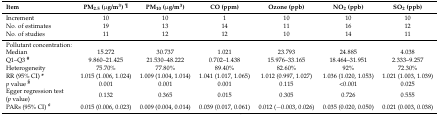
<table><thead><tr><td><b>Item</b></td><td><b>PM<sub>2.5</sub> (μg/m<sup>3</sup>) <sup>¶</sup></b></td><td><b>PM<sub>10</sub> (μg/m<sup>3</sup>)</b></td><td><b>CO (ppm)</b></td><td><b>Ozone (ppb)</b></td><td><b>NO<sub>2</sub> (ppb)</b></td><td><b>SO<sub>2</sub> (ppb)</b></td></tr></thead><tbody><tr><td>Increment</td><td>10</td><td>10</td><td>1</td><td>10</td><td>10</td><td>10</td></tr><tr><td>No. of estimates</td><td>19</td><td>13</td><td>14</td><td>11</td><td>16</td><td>12</td></tr><tr><td>No. of studies</td><td>11</td><td>12</td><td>12</td><td>10</td><td>14</td><td>11</td></tr><tr><td>Pollutant concentration:</td><td></td><td></td><td></td><td></td><td></td><td></td></tr><tr><td>Median</td><td>15.272 </td><td>30.737</td><td>1.021</td><td>23.793 </td><td>24.885 </td><td>4.038 </td></tr><tr><td>Q1–Q3 <b><sup>#</sup></b></td><td>9.860–21.425 </td><td>21.530–48.222</td><td>0.702–1.438</td><td>15.976–33.165 </td><td>18.464–31.951 </td><td>2.333–9.257</td></tr><tr><td>Heterogeneity</td><td>75.70%</td><td>77.80%</td><td>89.40%</td><td>82.60%</td><td>92%</td><td>72.30%</td></tr><tr><td>RR (95% CI) <b>*</b></td><td>1.015 (1.006, 1.024)</td><td>1.009 (1.004, 1.014)</td><td>1.041 (1.017, 1.065)</td><td>1.012 (0.997, 1.027)</td><td>1.036 (1.020, 1.053)</td><td>1.021 (1.003, 1.039)</td></tr><tr><td><i>p</i> value <b><sup>§</sup></b></td><td>0.001</td><td>0.001</td><td>0.001</td><td>0.115</td><td>&lt;0.001</td><td>0.025</td></tr><tr><td>Egger regression test (<i>p</i> value)</td><td>0.132</td><td>0.365</td><td>0.015</td><td>0.305</td><td>0.726</td><td>0.555</td></tr><tr><td>PARs (95% CI) <b><sup>¢</sup></b></td><td>0.015 (0.006, 0.023) </td><td>0.009 (0.004, 0.014)</td><td>0.039 (0.017, 0.061) </td><td>0.012 (−0.003, 0.026)</td><td>0.035 (0.020, 0.050)</td><td>0.021 (0.003, 0.038) </td></tr></tbody></table>